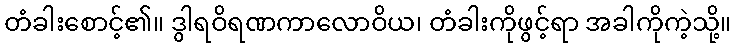
တံခါးစောင့်၏။ ဒွါရဝိရဏကာလောဝိယ၊ တံခါးကိုဖွင့်ရာ အခါကိုကဲ့သို့။